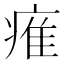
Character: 痽